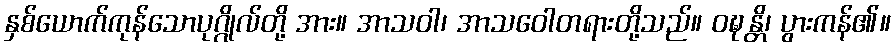
နှစ်ယောက်ကုန်သောပုဂ္ဂိုလ်တို့ အား။ အာသဝါ၊ အာသဝေါတရားတို့သည်။ ဝဍ္ဎန္တိ၊ ပွားကန်၏။